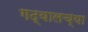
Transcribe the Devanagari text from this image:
गद्वालच्या